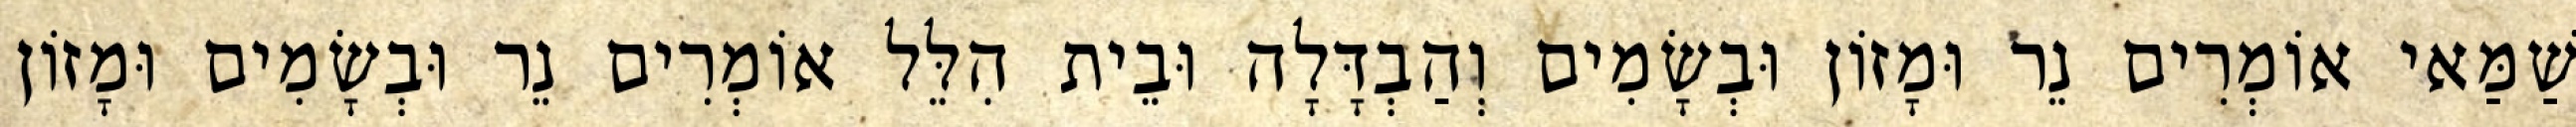
שַׁמַּאי אוֹמְרִים נֵר וּמָזוֹן וּבְשָׂמִים וְהַבְדָּלָה וּבֵית הִלֵּל אוֹמְרִים נֵר וּבְשָׂמִים וּמָזוֹן